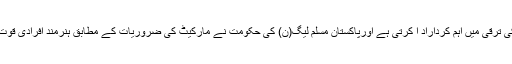
ہنر مند افرادی قوت کسی بھی قوم اورمعاشرے کی ترقی میں اہم کرداراد ا کرتی ہے اورپاکستان مسلم لیگ(ن) کی حکومت نے مارکیٹ کی ضروریات کے مطابق ہنرمند افرادی قوت تیار کرنے پر خصوصی توجہ مرکوز کی ہے ۔